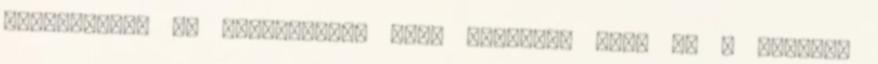
könnyűzene, az alkalmazott zene színház, film és a népzene